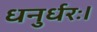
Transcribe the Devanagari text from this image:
धनुर्धरः।